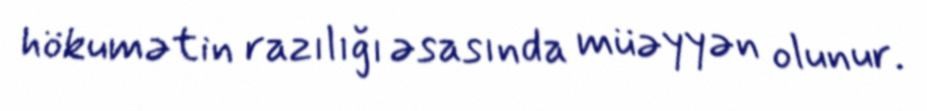
hökumətin razılığı əsasında müəyyən olunur.